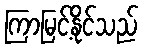
ကြာမြင့်နိုင်သည်